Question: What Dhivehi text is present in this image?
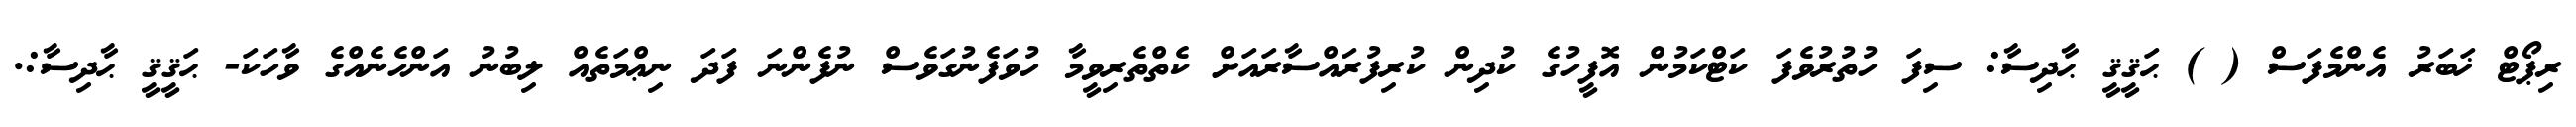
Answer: ރިޕޯޓް ޚަބަރު އެންމެފަސް ( ) ޙަޤީޤީ ޙާދިސާ: ސިފަ ހުތުރުވެފަ ކަޓްކަމުން އޮފީހުގެ ކުދިން ކުރިފުރައްސާރައަށް ކެތްތެރިވީމާ ހުވަފެނުގަވެސް ނުފެންނަ ފަދަ ނިޢްމަތެއް ލިބުނު އަންހެނެއްގެ ވާހަކަ- ޙަޤީޤީ ޙާދިސާ:.